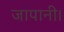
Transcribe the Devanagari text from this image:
जापानी।